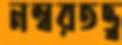
নম্বরতত্ত্ব